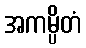
အကမ္ပိတံ